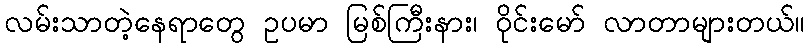
လမ်းသာတဲ့နေရာတွေ ဥပမာ မြစ်ကြီးနား၊ ဝိုင်းမော် လာတာများတယ်။